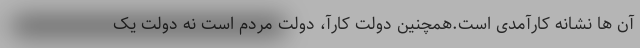
آن ها نشانه کارآمدی است.همچنین دولت کارآ، دولت مردم است نه دولت یک